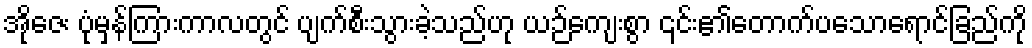
အိုဇေး ပုံမှန်ကြားကာလတွင် ပျက်စီးသွားခဲ့သည်ဟု ယဉ်ကျေးစွာ ၎င်း၏တောက်ပသောရောင်ခြည်ကို